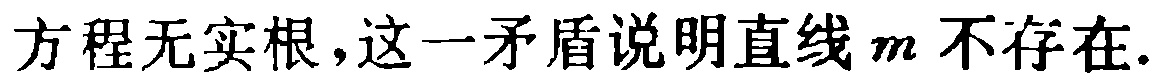
方程无实根,这一矛盾说明直线\(m\)不存在.